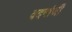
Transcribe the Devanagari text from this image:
वदनांजी